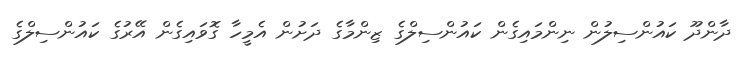
ދާންދޫ ކައުންސިލުން ނިންމައިގެން ކައުންސިލްގެ ޒިންމާގެ ދަށުން އެމީހާ ގޮވައިގެން އޭރުގެ ކައުންސިލްގެ